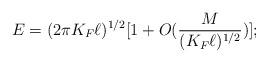
LaTeX: \begin{align*}E=(2\pi K_F \ell)^{1/2}[1+O(\frac{M}{(K_F\ell )^{1/2}})];\end{align*}